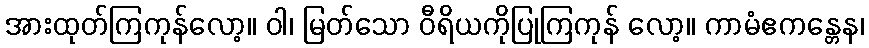
အားထုတ်ကြကုန်လော့။ ဝါ၊ မြတ်သော ဝီရိယကိုပြုကြကုန် လော့။ ကာမံဧကန္တေန၊